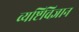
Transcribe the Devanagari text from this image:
व्यष्टिविज्ञान